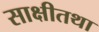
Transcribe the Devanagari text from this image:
साक्षीतथा